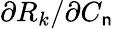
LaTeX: \partial{R_{k}}/\partial{C_{\mathsf{n}}}